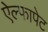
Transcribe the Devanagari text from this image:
ऐल्फापेट